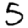
Digit: 5